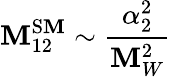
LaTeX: \mathbf{M}_{12}^{\mathrm{{S\mathbf{M}}}}\sim\frac{{\alpha_{2}^{2}}}{{\mathbf{M}_{W}^{2}}}